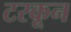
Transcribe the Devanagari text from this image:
टरकून